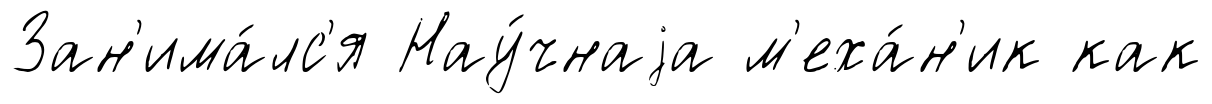
Зан'има́лс'я Нау́чнаjа м'еха́н'ик как